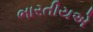
ભારતીયએ